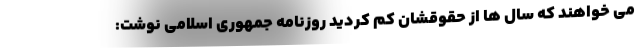
می خواهند که سال ها از حقوقشان کم کردید روزنامه جمهوری اسلامی نوشت: